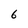
Character: 6